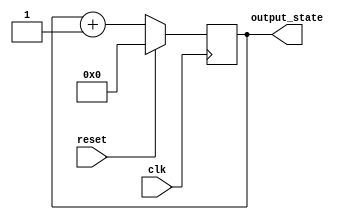
module synchronous_reset (
    input wire clk,          // Clock signal
    input wire reset,        // Synchronous reset signal
    output reg [7:0] output_state // Output state (8-bit for example)
);

// Predefined reset value
localparam RESET_VALUE = 8'b00000000; // Change this value as needed

// Always block triggered on the rising edge of the clock
always @(posedge clk) begin
    if (reset) begin
        // If reset is asserted, set output_state to the reset value
        output_state <= RESET_VALUE;
    end else begin
        // Normal operation: update output_state based on your logic
        // For demonstration, let's just increment the output_state
        // You can replace this with your specific state transition logic
        output_state <= output_state + 1; // Example state update logic
    end
end

endmodule